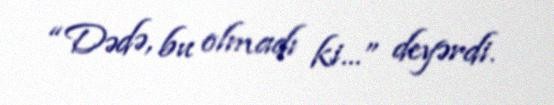
“Dədə, bu olmadı ki...” deyərdi.